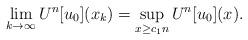
LaTeX: \begin{align*}\lim_{k\to\infty}U^n[u_0](x_k)=\sup_{x\geq c_1 n}U^n[u_0](x).\end{align*}